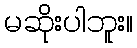
မဆိုးပါဘူး။